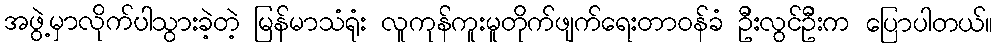
အဖွဲ့မှာလိုက်ပါသွားခဲ့တဲ့ မြန်မာသံရုံး လူကုန်ကူးမူတိုက်ဖျက်ရေးတာဝန်ခံ ဦးလွင်ဦးက ပြောပါတယ်။